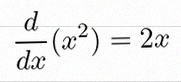
\frac{d}{dx}(x^2)=2x